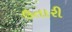
ઉતારી